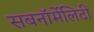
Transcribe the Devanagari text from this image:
सबनॉर्मेलिटी